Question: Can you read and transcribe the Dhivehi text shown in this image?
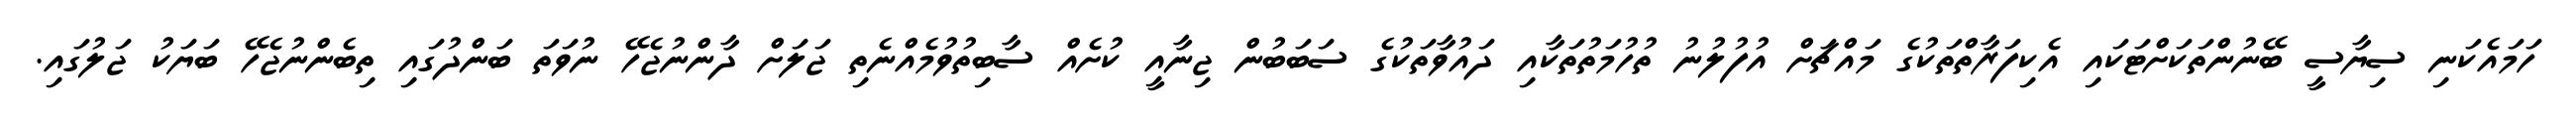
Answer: ހަމައެކަނި ސިޔާސީ ބޭނުންތަކަށްޓަކައި އެކިފަރާތްތަކުގެ މައްޗަށް އުފުލުނު ތުހުމަތުތަކާއި ދައުވާތަކުގެ ސަބަބުން ޖިނާއީ ކުށެއް ސާބިތުވުމެއްނެތި ޖަލަށް ދާންނުޖެހޭ ނުވަތަ ބަންދުގައި ތިބެންނުޖެހޭ ބަޔަކު ޖަލުގައި.